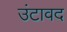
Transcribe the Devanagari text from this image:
उंटावद